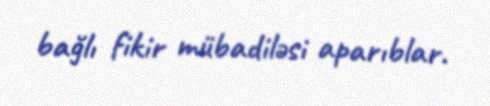
bağlı fikir mübadiləsi aparıblar.